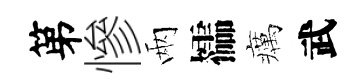
第慘兩櫺癘武